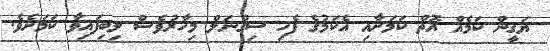
ޔަގީން ކަމެއް އޮތް ކަމަށާއި އެކަމުގެ ފެހި ސިގްނަލް މިހާރުވެސް ލިބިފައިވާ ކަމަށެވެ.